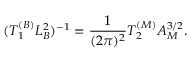
( T _ { 1 } ^ { ( B ) } L _ { B } ^ { 2 } ) ^ { - 1 } = { \frac { 1 } { ( 2 \pi ) ^ { 2 } } } T _ { 2 } ^ { ( M ) } A _ { M } ^ { 3 / 2 } .